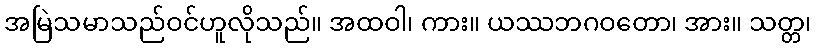
အမြဲသမာသည်ဝင်ဟူလိုသည်။ အထဝါ၊ ကား။ ယဿဘဂဝတော၊ အား။ သတ္တ၊